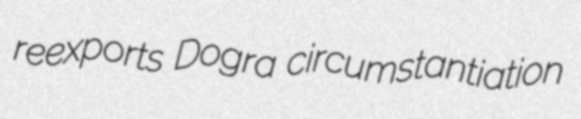
reexports Dogra circumstantiation